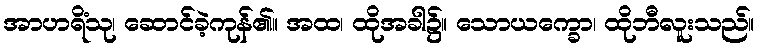
အာဟရိံသု၊ ဆောင်ခဲ့ကုန်၏။ အထ၊ ထိုအခါ၌။ သောယက္ခော၊ ထိုဘီလူးသည်။